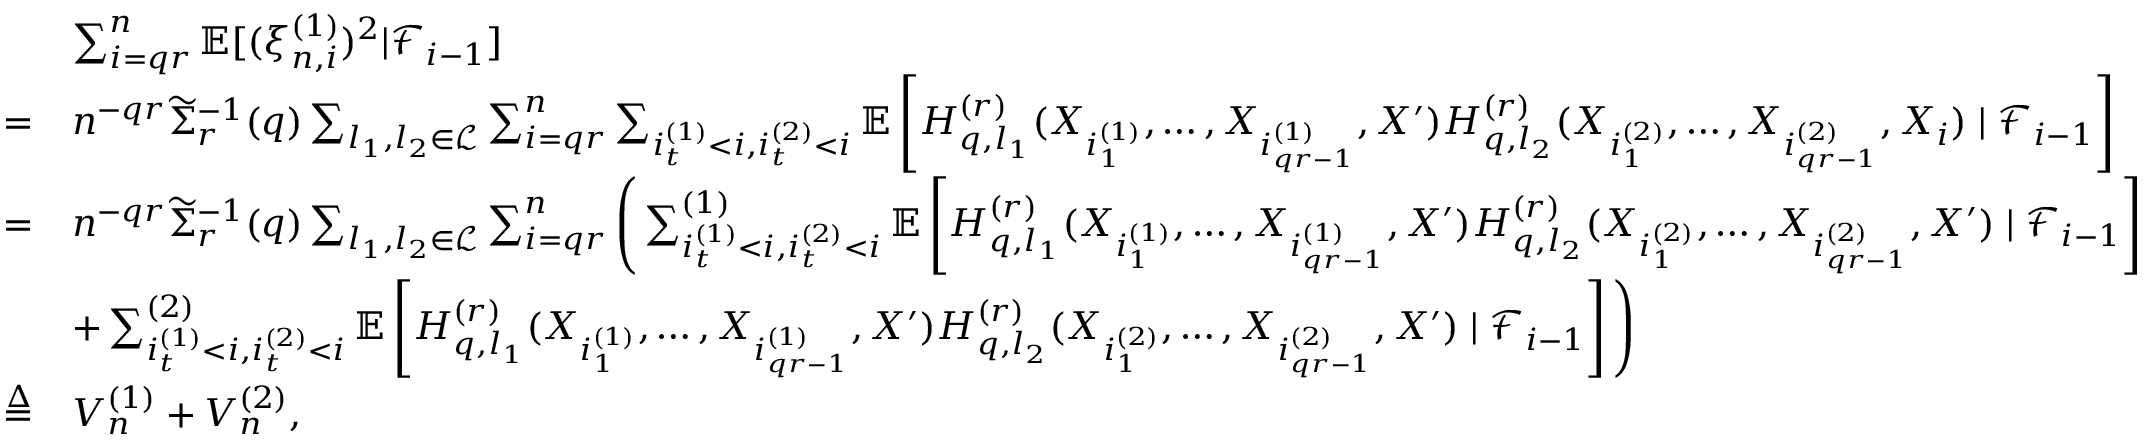
\begin{array} { r l } & { \sum _ { i = q r } ^ { n } \mathbb { E } [ ( \xi _ { n , i } ^ { ( 1 ) } ) ^ { 2 } | \mathcal { F } _ { i - 1 } ] } \\ { = } & { n ^ { - q r } \widetilde \Sigma _ { r } ^ { - 1 } ( q ) \sum _ { l _ { 1 } , l _ { 2 } \in \mathcal { L } } \sum _ { i = q r } ^ { n } \sum _ { i _ { t } ^ { ( 1 ) } < i , i _ { t } ^ { ( 2 ) } < i } \mathbb { E } \left[ H _ { q , l _ { 1 } } ^ { ( r ) } ( X _ { i _ { 1 } ^ { ( 1 ) } } , \ldots , X _ { i _ { q r - 1 } ^ { ( 1 ) } } , X ^ { \prime } ) H _ { q , l _ { 2 } } ^ { ( r ) } ( X _ { i _ { 1 } ^ { ( 2 ) } } , \ldots , X _ { i _ { q r - 1 } ^ { ( 2 ) } } , X _ { i } ) \mid \mathcal { F } _ { i - 1 } \right] } \\ { = } & { n ^ { - q r } \widetilde \Sigma _ { r } ^ { - 1 } ( q ) \sum _ { l _ { 1 } , l _ { 2 } \in \mathcal { L } } \sum _ { i = q r } ^ { n } \Bigg ( \sum _ { i _ { t } ^ { ( 1 ) } < i , i _ { t } ^ { ( 2 ) } < i } ^ { ( 1 ) } \mathbb { E } \left[ H _ { q , l _ { 1 } } ^ { ( r ) } ( X _ { i _ { 1 } ^ { ( 1 ) } } , \ldots , X _ { i _ { q r - 1 } ^ { ( 1 ) } } , X ^ { \prime } ) H _ { q , l _ { 2 } } ^ { ( r ) } ( X _ { i _ { 1 } ^ { ( 2 ) } } , \ldots , X _ { i _ { q r - 1 } ^ { ( 2 ) } } , X ^ { \prime } ) \mid \mathcal { F } _ { i - 1 } \right] } \\ & { + \sum _ { i _ { t } ^ { ( 1 ) } < i , i _ { t } ^ { ( 2 ) } < i } ^ { ( 2 ) } \mathbb { E } \left[ H _ { q , l _ { 1 } } ^ { ( r ) } ( X _ { i _ { 1 } ^ { ( 1 ) } } , \ldots , X _ { i _ { q r - 1 } ^ { ( 1 ) } } , X ^ { \prime } ) H _ { q , l _ { 2 } } ^ { ( r ) } ( X _ { i _ { 1 } ^ { ( 2 ) } } , \ldots , X _ { i _ { q r - 1 } ^ { ( 2 ) } } , X ^ { \prime } ) \mid \mathcal { F } _ { i - 1 } \right] \Bigg ) } \\ { \overset { \Delta } { = } } & { V _ { n } ^ { ( 1 ) } + V _ { n } ^ { ( 2 ) } , } \end{array}